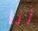
أنا